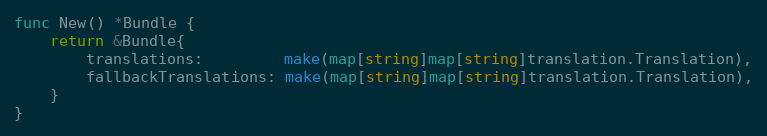
Language: Go
func New() *Bundle {
	return &Bundle{
		translations:         make(map[string]map[string]translation.Translation),
		fallbackTranslations: make(map[string]map[string]translation.Translation),
	}
}